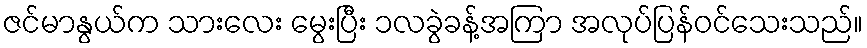
ဇင်မာနွယ်က သားလေး မွေးပြီး ၁လခွဲခန့်အကြာ အလုပ်ပြန်ဝင်သေးသည်။